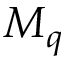
M _ { q }